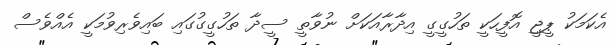
އެކަމަކު ޕީޖީ އޮފީހަކީ ތަހުގީގީ އިދާރާއަކަށް ނުވާތީ ސީދާ ތަހުގީގުގައި ބައިވެރިވުމަކީ އެއްވެސް